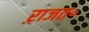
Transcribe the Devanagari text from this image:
ऱाजत॰